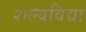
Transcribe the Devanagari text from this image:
शल्यविद्या